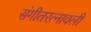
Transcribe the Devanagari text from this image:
संगीतरत्नावली